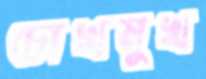
চোখমুখ